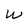
Character: W